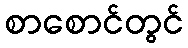
စာစောင်တွင်